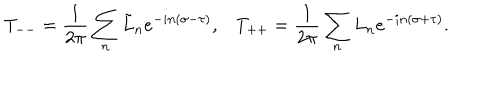
LaTeX: T _ { -- } = \frac { 1 } { 2 \pi } \sum _ { n } \tilde { L } _ { n } e ^ { - i n ( \sigma - \tau ) } , T _ { + + } = \frac { 1 } { 2 \pi } \sum _ { n } L _ { n } e ^ { - i n ( \sigma + \tau ) } .